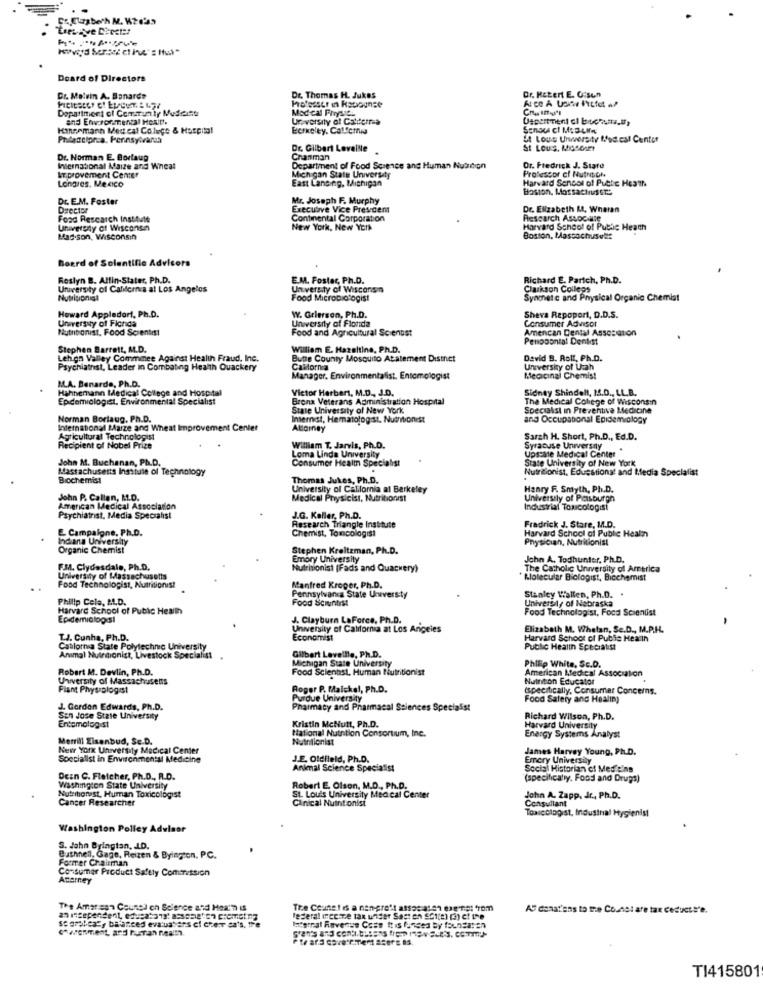
Doard of Directors
Dr. Malvin A. Banarde
Pro'sstr in Radiounse
Dr. Thomas H. Jukes
Dr. KEtert E. G:son
Department of Community Mudeist
Modcal Fryst.
and Environmental Hoall'.
Une versity al Catiterras
Hannemann Med cal Colege & Hospital
Ecrkeley. Calfemia
Senoc cl MaBUMA
5t Lous Unwersity Med est Center
Dr. Gilbert Leveille
St Lous, Museum
Dr. Norman E. Borlaug
Chanman
International Maize and Wheat
Department of Food Science and Human Nutrition
Or. Fredrick J. State
Professor of Nutrition
AT.provement Center
Longres. Mexico
Michigan State University
East Lansing, Michigan
Harvard Sensol of Putte Heath
Boston, Massachusetts
Dr. E.M. Foster
Mr. Joseph F. Murphy
Dsector
Executive Vice Prescem
Dr. Elizabeth Mt. Whatan
Food Research Institute
Continental Corporation
Research Associate
University of Wisconsn
New York, New York
Harvard School of Public Heath
Madison, Wisconsin
Boston, Massachusule
Board of Scientific Advisors
Roslyn B. Altin-Stater, Ph.D.
EM. Foster, Ph.D.
Richard E. Parich, Ph.D.
University of California at Los Angelos
University of Wisconsin
Clarkson Colleps
Food Microbiotogist
Synenet c and Physical Organic Chemist
Howard Appledorf, Ph.D.
W. Grierson, Ph.D.
University of Florida
University of Flonda
Consumer Advisor
Sheva Rapoport, D.D.S.
Nutritionist, Food Scientist
Food and Agricultural Scientist
Amencan Dental Assc:mon
Penopontal Denkst
Stephen Barrett, M.D.
William E. Hazeltine, Ph.D.
Lehon Valley Comminee Against Health Fraud, Inc.
Butte County Mosquito Atalement District
David B. Rott, Ph.D.
Psychiatnst, Leader in Combating Health Quackery
CaMorna
University of Utah
M.A. Benarde, Ph.D.
Manager, Environmentalist, Entomologist
Medicinal Chemist
Hahnemann Medical College and Hospital
Victor Herbert, M.D ., J.D.
Sidney Shindell, 15.0 ., LL.B.
Epidemiologist. Environmental Specialist
Bronx Veterans Administration Hospital
The Medical College of Wisconsin
State University of New York
Specialist in Preventive Medicine
Norman Borlaug, Ph.D.
Internist, Hematologist, Nuchtionist
and Occupational Epidemiology
International Marze and Wheat Improvement Center
Attorney
Agricultural Technologist
Sarzh H. Short, Ph.D ., Ed.D.
Recipient of Nobel Prize
William T. Jarvis, Ph.D.
Syracuse Universny
Upscale Medical Center
John M. Buchanan, Ph.D.
Loma Linda University
Consumer Health Specialist
State University of New York
Massachusetts Insitule of Technology
Nutritionist, Educational and Media Specialist
Biochemist
Thomas Jukes, Ph.D.
University of California at Berkeley
Hanry F. Smyth, Ph.D.
John P. Callan, M.D.
Medical Physicist, Nutritionist
University of Pasburgh
American Medical Association
Industrial Toxicologist
Psychiatrist, Media Specialist
J.G. Keller, Ph.D.
Fradrick J. Stare, M.D.
Campaigne, Ph.D.
Research Triangle Institute
Chemist, Tomcologist
Harvard School of Public Health
Indiana University
Physician, Nutritionist
Organic Chemist
Stephen Kreltzman, Ph.D.
Emory University
John A. Todhunter, Ph.D.
F.M. Clydesdale, Ph.D.
Nutritionist [Fads and Quackery)
The Catholic University of America
University of Massachusetts
* Molecular Biologist, Bicchemist
Food Technologist, Nutritionist
Manfred Kroper, Ph.D.
Pennsylvania State University
Philip Cela, AL.D.
Food Scientist
Stanley Wallen, Ph.D. .
University of Nebraska
Harvard School of Public Health
Food Technologist, Food Scientist
Epidemiolog si
J. Clayburn LaForce, Ph.D.
University of California at Los Angeles
Elizabeth M. Whelan, Sc.D ., M.P.H.
T.J. Cunha, Ph.D.
Economist
Harvard Schoot of Public Health
Catlorna State Polytechnic University
Public Health Specialist
Animal Nuindonist, Livestock Specialist
Michigan State University
Gilbert Laveille, Ph.D.
Philip White, Sc.D.
Robert M. Devlin, Ph.D.
Food Scientist, Human Nutritionist
American Medical Association
University of Massachusens
Nuinton Educator
Fiant Physiologist
Roper P. Maickel, Ph.D.
(specifically, Consumer Concerns.
Purdue University
Food Safety and Healing
J. Gordon Edwards, Ph.D.
Pharmacy and Pharmacal Sciences Specialist
San Jose State University
Entomologist
Kristin McNutt, Ph.D.
Richard Wilson, Ph.D.
National Nutntion Consortium, Inc.
Harvard University
Energy Systems Analyst
Merrill Eisenbud, Se.D.
Nutrilonist
New York University Medical Center
James Harvey Young, Ph.D.
Soccialist in Environmental Medicine
J.E. Oldfield, Ph.D.
Emory University
Animal Science Specialist
Social Historian of Medicine
DeEn C. Fletcher, Ph.D ., R.D.
(specifically, Food and Drugs)
Washington State University
Robert E. Olson, M.D ., Ph.D.
Nutrihonest, Human Toxicologist
Cancer Researcher
St. Louis University Medical Center
Clinical Nuint onisi
John A. Zapp, Jr ., Ph.D.
Consullant
Toxicologist, Industrial Hygienist
Washington Polley Advisor
S. Jahn Bringtan, I.D.
Former Chairman
Bushnell, Gage, Reizen & Byington, PC.
Consumer Product Safety Commission
Atterney
The Amar esa Counel ch Science and Hea'n IS
The Counst is a nangre't assa: 3197 exe Tel from
AS denat'ens to the Counel are tax deduct s'e.
se arabcay balanced eva:uatars el cher sa's. tre
Federal Ince me tax uider Sagt en 501(e) (3) et the
Internal Revenue Cose It is funded by foundat en
TI415801